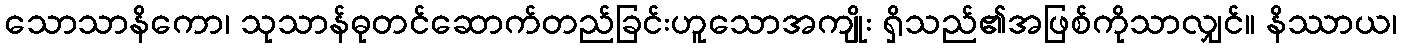
သောသာနိကော၊ သုသာန်ဓုတင်ဆောက်တည်ခြင်းဟူသောအကျိုး ရှိသည်၏အဖြစ်ကိုသာလျှင်။ နိဿာယ၊